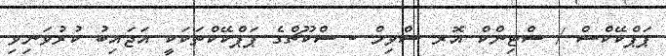
ޕަޕްކޭކްސް / ސްޓިންކް އޮރ ސްވިމް - ސްކޫޗްގެ ޕަޕްކޭކްތަކަކީ އަޖައިބު ކުރުވަނިވި